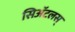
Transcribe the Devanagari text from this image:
सिॲटलस्